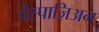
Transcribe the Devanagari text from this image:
वैस्पाज़िअन